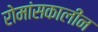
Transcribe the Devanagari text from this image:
रोमांसकालीन